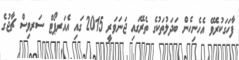
ފާހަގަކުރެވޭ އެހެނިހެން ބަދަލުތަކުގެ ތެރޭގައި ޖަނަވަރީ 2015 ގައި އެއަރޕޯޓް ސަރވިސް ޗާޖުގެ